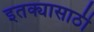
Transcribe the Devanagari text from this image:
इतक्यासाठी